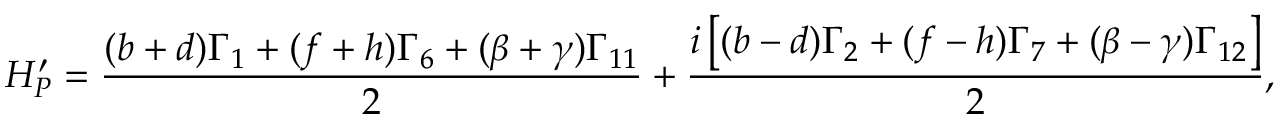
H _ { P } ^ { \prime } = \frac { ( b + d ) \Gamma _ { 1 } + ( f + h ) \Gamma _ { 6 } + ( \beta + \gamma ) \Gamma _ { 1 1 } } { 2 } + \frac { i \left[ ( b - d ) \Gamma _ { 2 } + ( f - h ) \Gamma _ { 7 } + ( \beta - \gamma ) \Gamma _ { 1 2 } \right] } { 2 } ,